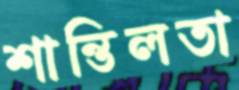
শান্তিলতা